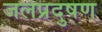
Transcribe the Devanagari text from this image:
जलप्रदुषण